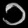
Digit: ၁